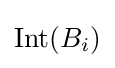
\operatorname {Int} (B_{i})